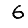
Digit: 6